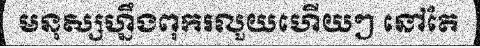
មនុស្សហ្នឹងពុករលួយហើយៗ នៅតែ